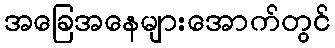
အခြေအနေများအောက်တွင်